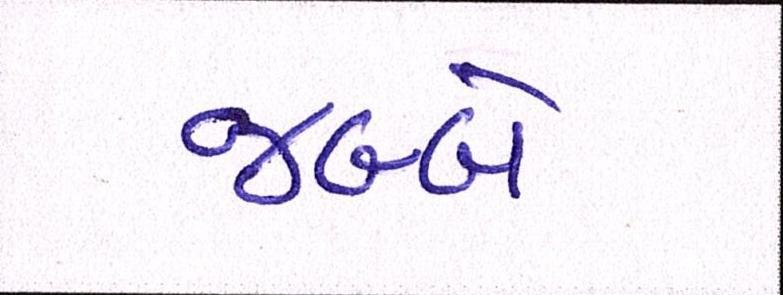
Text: જબ્બે